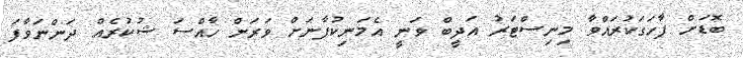
ބޮޑަށް ފާހަގަކުރައްވާ މިނިސްޓަރު އަދީބް ވަނީ އެމަނިކުފާނަށް ވަރަށް ހާއްސަ ޝުކުރެއް ދަންނަވާފަ